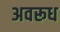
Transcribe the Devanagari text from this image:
अवरूध